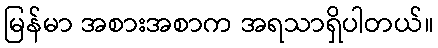
မြန်မာ အစားအစာက အရသာရှိပါတယ်။